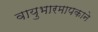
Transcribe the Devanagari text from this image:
वायुभारमापकाने